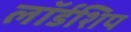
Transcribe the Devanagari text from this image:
लॉर्डशिप